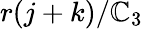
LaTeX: r(j+k)/\mathbb{C}_{3}